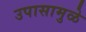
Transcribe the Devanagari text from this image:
उपासामुळे